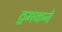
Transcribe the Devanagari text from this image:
ठुमकने